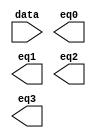
// megafunction wizard: %LPM_DECODE%VBB%
// GENERATION: STANDARD
// VERSION: WM1.0
// MODULE: LPM_DECODE 

// ============================================================
// Megafunction Name(s):
// 			LPM_DECODE
//
// Simulation Library Files(s):
// 			lpm
// ============================================================
// ************************************************************
// THIS IS A WIZARD-GENERATED FILE. DO NOT EDIT THIS FILE!
//
// 13.1.0 Build 162 10/23/2013 SJ Web Edition
// ************************************************************

//Copyright (C) 1991-2013 Altera Corporation
//Your use of Altera Corporation's design tools, logic functions 
//and other software and tools, and its AMPP partner logic 
//functions, and any output files from any of the foregoing 
//(including device programming or simulation files), and any 
//associated documentation or information are expressly subject 
//to the terms and conditions of the Altera Program License 
//Subscription Agreement, Altera MegaCore Function License 
//Agreement, or other applicable license agreement, including, 
//without limitation, that your use is for the sole purpose of 
//programming logic devices manufactured by Altera and sold by 
//Altera or its authorized distributors.  Please refer to the 
//applicable agreement for further details.

module StateDecoder (
	data,
	eq0,
	eq1,
	eq2,
	eq3);

	input	[2:0]  data;
	output	  eq0;
	output	  eq1;
	output	  eq2;
	output	  eq3;

endmodule

// ============================================================
// CNX file retrieval info
// ============================================================
// Retrieval info: PRIVATE: BaseDec NUMERIC "1"
// Retrieval info: PRIVATE: EnableInput NUMERIC "0"
// Retrieval info: PRIVATE: INTENDED_DEVICE_FAMILY STRING "Cyclone III"
// Retrieval info: PRIVATE: LPM_PIPELINE NUMERIC "0"
// Retrieval info: PRIVATE: Latency NUMERIC "0"
// Retrieval info: PRIVATE: SYNTH_WRAPPER_GEN_POSTFIX STRING "0"
// Retrieval info: PRIVATE: aclr NUMERIC "0"
// Retrieval info: PRIVATE: clken NUMERIC "0"
// Retrieval info: PRIVATE: eq0 NUMERIC "1"
// Retrieval info: PRIVATE: eq1 NUMERIC "1"
// Retrieval info: PRIVATE: eq2 NUMERIC "1"
// Retrieval info: PRIVATE: eq3 NUMERIC "1"
// Retrieval info: PRIVATE: eq4 NUMERIC "0"
// Retrieval info: PRIVATE: eq5 NUMERIC "0"
// Retrieval info: PRIVATE: eq6 NUMERIC "0"
// Retrieval info: PRIVATE: eq7 NUMERIC "0"
// Retrieval info: PRIVATE: nBit NUMERIC "3"
// Retrieval info: PRIVATE: new_diagram STRING "1"
// Retrieval info: LIBRARY: lpm lpm.lpm_components.all
// Retrieval info: CONSTANT: LPM_DECODES NUMERIC "8"
// Retrieval info: CONSTANT: LPM_TYPE STRING "LPM_DECODE"
// Retrieval info: CONSTANT: LPM_WIDTH NUMERIC "3"
// Retrieval info: USED_PORT: @eq 0 0 8 0 OUTPUT NODEFVAL "@eq[7..0]"
// Retrieval info: USED_PORT: data 0 0 3 0 INPUT NODEFVAL "data[2..0]"
// Retrieval info: USED_PORT: eq0 0 0 0 0 OUTPUT NODEFVAL "eq0"
// Retrieval info: USED_PORT: eq1 0 0 0 0 OUTPUT NODEFVAL "eq1"
// Retrieval info: USED_PORT: eq2 0 0 0 0 OUTPUT NODEFVAL "eq2"
// Retrieval info: USED_PORT: eq3 0 0 0 0 OUTPUT NODEFVAL "eq3"
// Retrieval info: CONNECT: @data 0 0 3 0 data 0 0 3 0
// Retrieval info: CONNECT: eq0 0 0 0 0 @eq 0 0 1 0
// Retrieval info: CONNECT: eq1 0 0 0 0 @eq 0 0 1 1
// Retrieval info: CONNECT: eq2 0 0 0 0 @eq 0 0 1 2
// Retrieval info: CONNECT: eq3 0 0 0 0 @eq 0 0 1 3
// Retrieval info: GEN_FILE: TYPE_NORMAL StateDecoder.v TRUE
// Retrieval info: GEN_FILE: TYPE_NORMAL StateDecoder.inc FALSE
// Retrieval info: GEN_FILE: TYPE_NORMAL StateDecoder.cmp FALSE
// Retrieval info: GEN_FILE: TYPE_NORMAL StateDecoder.bsf TRUE FALSE
// Retrieval info: GEN_FILE: TYPE_NORMAL StateDecoder_inst.v FALSE
// Retrieval info: GEN_FILE: TYPE_NORMAL StateDecoder_bb.v TRUE
// Retrieval info: LIB_FILE: lpm